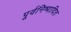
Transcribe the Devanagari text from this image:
पूर्वनिष्पादित